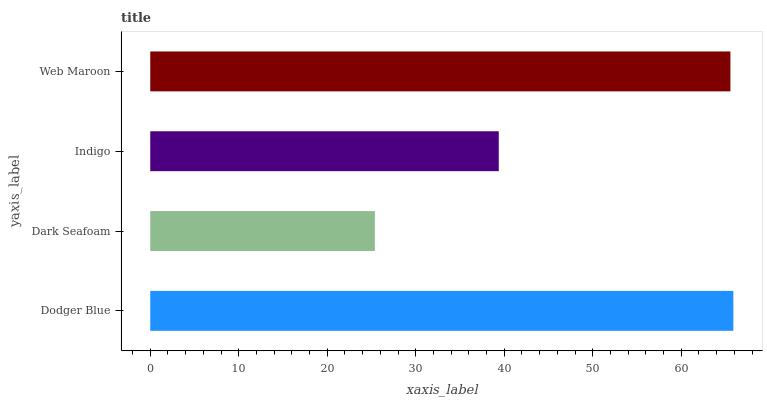
| yaxis_label | bars |
 | --- | --- |
 | Dodger Blue | 65.9 |
 | Dark Seafoam | 25.4 |
 | Indigo | 39.4 |
 | Web Maroon | 65.6 |